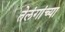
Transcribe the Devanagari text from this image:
तेलंगांच्या